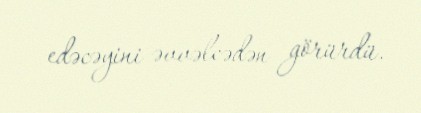
edəcəyini əvvəlcədən görürdü.